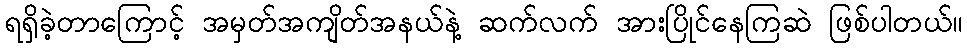
ရရှိခဲ့တာကြောင့် အမှတ်အကျိတ်အနယ်နဲ့ ဆက်လက် အားပြိုင်နေကြဆဲ ဖြစ်ပါတယ်။